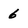
Character: 6